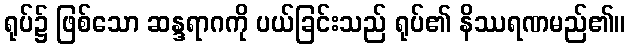
ရုပ်၌ ဖြစ်သော ဆန္ဒရာဂကို ပယ်ခြင်းသည် ရုပ်၏ နိဿရဏမည်၏။